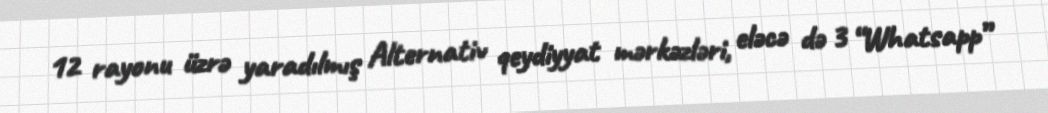
12 rayonu üzrə yaradılmış Alternativ qeydiyyat mərkəzləri, eləcə də 3 “Whatsapp”